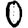
Digit: 0